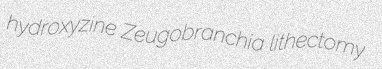
hydroxyzine Zeugobranchia lithectomy